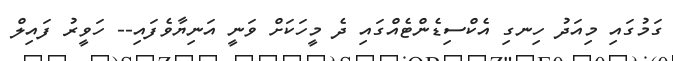
ގަމުގައި މިއަދު ހިނގި އެކްސިޑެންޓެއްގައި ދެ މީހަކަށް ވަނީ އަނިޔާވެފައި-- ހަވީރު ފައިލް